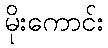
မိုးကောင်း